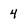
Character: 4